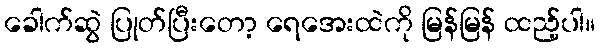
ခေါက်ဆွဲ ပြုတ်ပြီးတော့ ရေအေးထဲကို မြန်မြန် ထည့်ပါ။